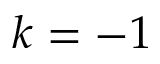
k = - 1